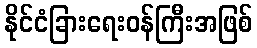
နိုင်ငံခြားရေးဝန်ကြီးအဖြစ်